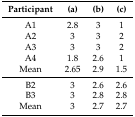
| Participant | (a) | (b) | (c) |
 | --- | --- | --- | --- |
 | A1 | 2.8 | 3 | 1 |
 | A2 | 3 | 3 | 2 |
 | A3 | 3 | 3 | 2 |
 | A4 | 1.8 | 2.6 | 1 |
 | Mean | 2.65 | 2.9 | 1.5 |
 | B2 | 3 | 2.6 | 2.6 |
 | B3 | 3 | 2.8 | 2.8 |
 | Mean | 3 | 2.7 | 2.7 |